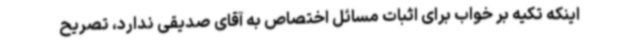
اینکه تکیه بر خواب برای اثبات مسائل اختصاص به آقای صدیقی ندارد، تصریح